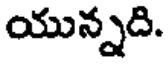
యున్నది.